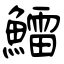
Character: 鱩